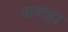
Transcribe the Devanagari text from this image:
ममड़ा